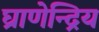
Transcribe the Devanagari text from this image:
घ्राणेन्द्रिय